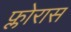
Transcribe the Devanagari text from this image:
फ्लोरास